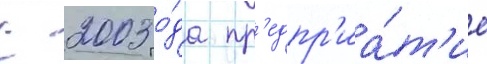
С 2003 го́да пр'едпр'иа́т'ие